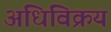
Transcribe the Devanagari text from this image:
अधिविक्रय